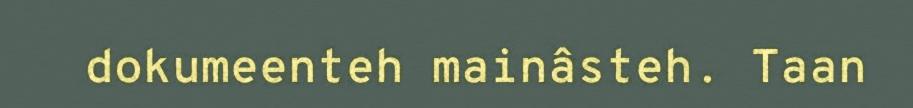
dokumeenteh mainâsteh. Taan